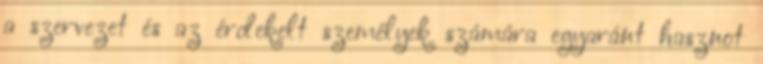
a szervezet és az érdekelt személyek számára egyaránt hasznot